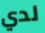
لدي